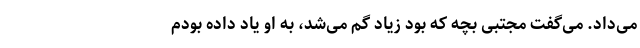
می‌داد. می‌گفت مجتبی بچه که بود زیاد گم می‌شد، به او یاد داده بودم